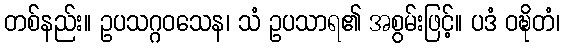
တစ်နည်း။ ဥပသဂ္ဂဝသေန၊ သံ ဥပသာရ၏ အစွမ်းဖြင့်။ ပဒံ ဝဍ္ဎိတံ၊